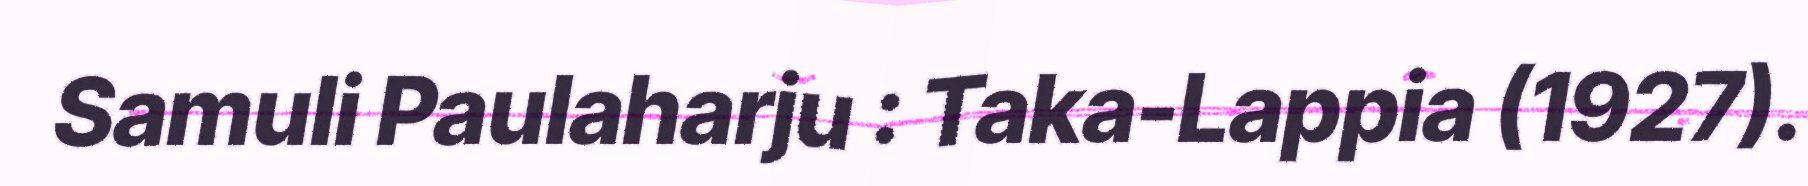
Samuli Paulaharju : Taka-Lappia (1927).